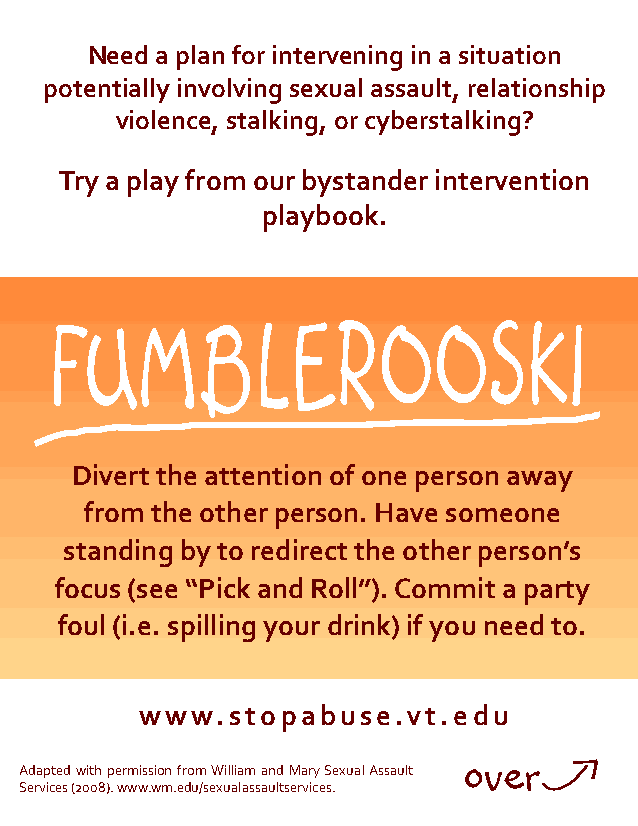
Need a plan for intervening in a situation
 potentially involving sexual assault, relationship
 violence, stalking, or cyberstalking?
 Try a play from our bystander intervention
 playbook.
 Fumblerooski
 Divert the attention of one person away
 from the other person. Have someone
 standing by to redirect the other person’s
 focus (see “Pick and Roll”). Commit a party
 foul (i.e. spilling your drink) if you need to.
 www.stopabuse.vt.edu
 over
 Adapted with permission from William and Mary Sexual Assault
 Services (2008). www.wm.edu/sexualassaultservices.